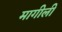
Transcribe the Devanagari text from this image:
मागीली